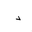
Letter: _dal